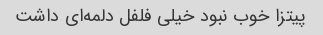
پیتزا خوب نبود خیلی فلفل دلمه‌ای داشت